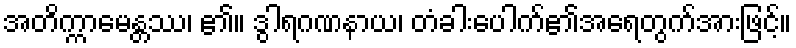
အတိက္ကာမေန္တဿ၊ ၏။ ဒွါရဂဏနာယ၊ တံခါးပေါက်၏အရေတွက်အားဖြင့်။